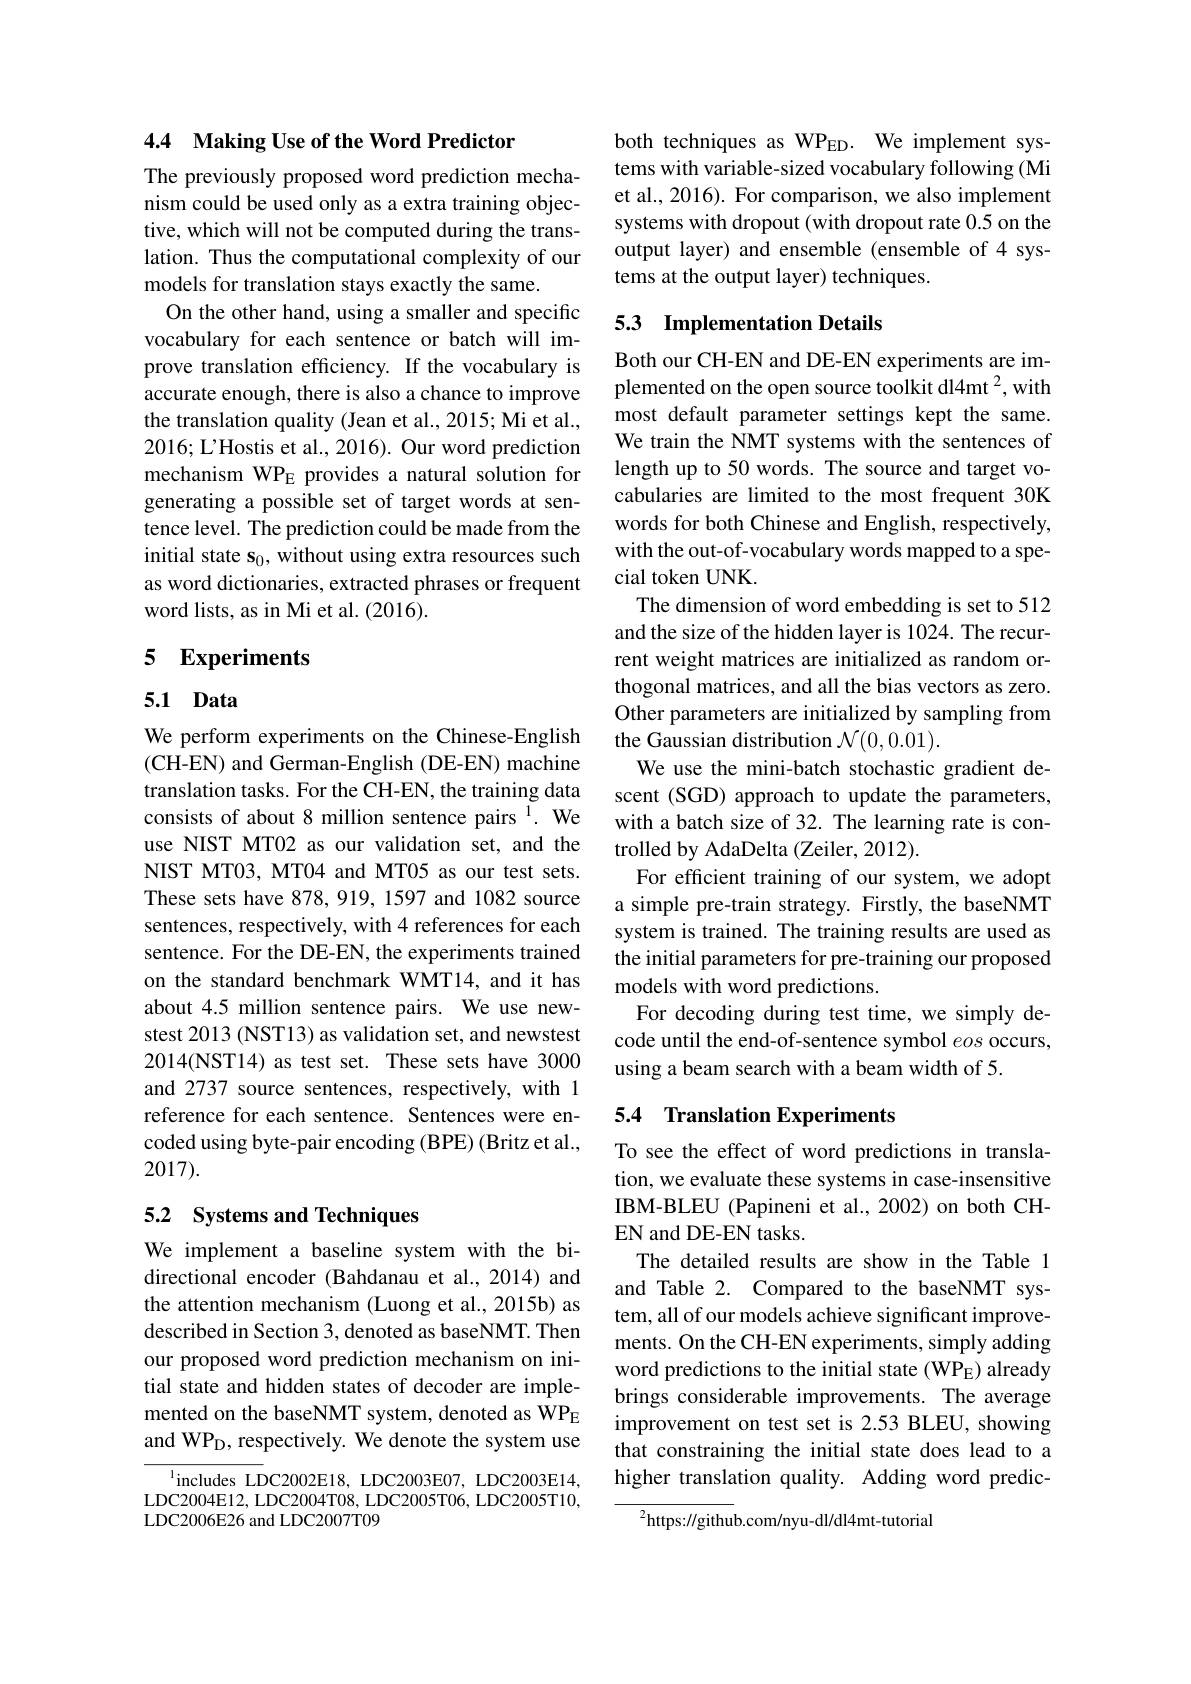
4.4 Making Use of the Word Predictor

The previously proposed word prediction mechanism could be used only as a extra training objective, which will not be computed during the translation. Thus the computational complexity of our models for translation stays exactly the same.
On the other hand, using a smaller and specific vocabulary for each sentence or batch will improve translation efficiency. If the vocabulary is accurate enough, there is also a chance to improve the translation quality (Jean et al., 2015; Mi et al., 2016; L'Hostis et al., 2016). Our word prediction mechanism WPE provides a natural solution for generating a possible set of target words at sentence level. The prediction could be made from the initial state s$_0$, without using extra resources such as word dictionaries, extracted phrases or frequent word lists, as in Mi et al. (2016).

# 5 Experiments

## 5.1 Data

We perform experiments on the Chinese-English (CH-EN) and German-English (DE-EN) machine translation tasks. For the CH-EN, the training data consists of about 8 million sentence pairs $^{\mathrm{I}}.$ We use NIST MT02 as our validation set, and the NIST MT03, MT04 and MT05 as our test sets. These sets have 878,919,1597 and 1082 source sentences, respectively, with 4 references for each sentence. For the DE-EN, the experiments trained on the standard benchmark WMT14, and it has about 4.5 million sentence pairs. We use newstest 2013 (NST13) as validation set, and newstest 2014(NST14) as test set. These sets have 3000 and 2737 source sentences, respectively, with 1 reference for each sentence. Sentences were encoded using byte-pair encoding (BPE) (Britz et al., 2017).

## 5.2 Systems and Techniques

We implement a baseline system with the bidirectional encoder (Bahdanau et al.,2014) and the attention mechanism (Luong et al., 2015b) as described in Section 3, denoted as baseNMT. Then our proposed word prediction mechanism on initial state and hidden states of decoder are implemented on the baseNMT system, denoted as WPE and WP$_{\mathrm{D}}$, respectively. We denote the system use

$^{1}$includes LDC2002E18,LDC2003E07,LDC2003E14, LDC2004E12, LDC2004T08, LDC2005T06, LDC2005T10, LDC2006E26 and LDC2007T09

both techniques as WPeD. We implement systems with variable-sized vocabulary following (Mi et al., 2016). For comparison, we also implement systems with dropout (with dropout rate 0.5 on the output layer) and ensemble (ensemble of 4 systems at the output layer) techniques.

## 5.3 Implementation Details

Both our CH-EN and DE-EN experiments are implemented on the open source toolkit dl4mt $^2$,with most default parameter settings kept the same. We train the NMT systems with the sentences of length up to 50 words. The source and target vocabularies are limited to the most frequent 30K words for both Chinese and English, respectively, with the out-of-vocabulary words mapped to a special token UNK.
The dimension of word embedding is set to 512 and the size of the hidden layer is 1024. The recurrent weight matrices are initialized as random orthogonal matrices, and all the bias vectors as zero. Other parameters are initialized by sampling from the Gaussian distribution $\mathcal{N}(0,0.01).$
We use the mini-batch stochastic gradient descent (SGD) approach to update the parameters, with a batch size of 32. The learning rate is controlled by AdaDelta (Zeiler, 2012).
For efficient training of our system, we adopt a simple pre-train strategy. Firstly, the baseNMT system is trained. The training results are used as the initial parameters for pre-training our proposed models with word predictions.
For decoding during test time, we simply decode until the end-of-sentence symbol eos occurs, using a beam search with a beam width of 5.

## 5.4 Translation Experiments

To see the effect of word predictions in translation, we evaluate these systems in case-insensitive IBM-BLEU (Papineni et al., 2002) on both CHEN and DE-EN tasks.
The detailed results are show in the Table 1 and Table 2. Compared to the baseNMT system, all of our models achieve significant improvements. On the CH-EN experiments, simply adding word predictions to the initial state (WP$_\mathrm{E})$ already brings considerable improvements. The average improvement on test set is 2.53 BLEU, showing that constraining the initial state does lead to a higher translation quality. Adding word predic-

${{^{2}}\mathrm{https://githu}}$b.com/nyu-dl/dl4mt-tutorial